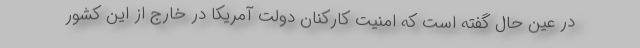
در عین حال گفته است که امنیت کارکنان دولت آمریکا در خارج از این کشور